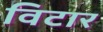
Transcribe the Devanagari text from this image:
विटार